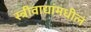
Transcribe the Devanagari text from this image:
स्त्रीवाद्यांमधील